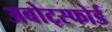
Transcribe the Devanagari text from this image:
अबोट्स्फोर्ड